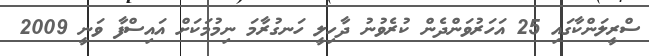
ސްރީލަންކާގައި 25 އަހަރުވަންދެން ކުރެވުނު ދާހިލީ ހަނގުރާމަ ނިމުމަކަށް އައިސްފާ ވަނީ 2009